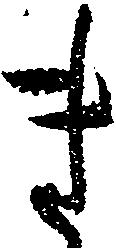
き